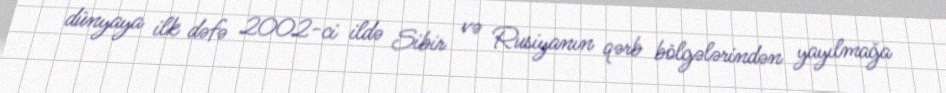
dünyaya ilk dəfə 2002-ci ildə Sibir və Rusiyanın qərb bölgələrindən yayılmağa